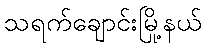
သရက်ချောင်းမြို့နယ်